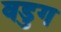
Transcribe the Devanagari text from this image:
वडुग